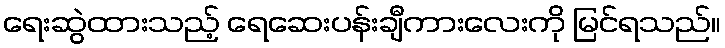
ရေးဆွဲထားသည့် ရေဆေးပန်းချီကားလေးကို မြင်ရသည်။